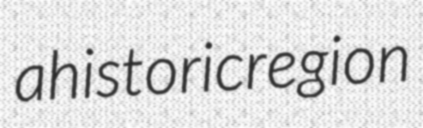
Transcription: a historic region